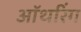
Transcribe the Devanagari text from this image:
ऑथरिंग